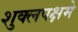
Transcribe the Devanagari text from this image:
शुक्लपक्षमे